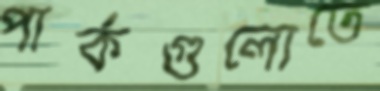
পার্কগুলোতে